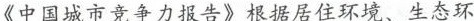
《中国城市竞争力报告》根据居住环境、生态环